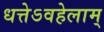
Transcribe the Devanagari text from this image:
धत्तेऽवहेलाम्